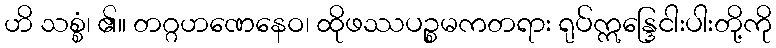
ဟိ သစ္စံ၊ ၏။ တဂ္ဂဟဏေနေဝ၊ ထိုဖဿပဉ္စမကတရား ရုပ်ဣန္ဒြေငါးပါးတို့ကို